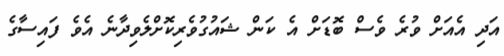
އަދި އެއަށް ވުރެ ވެސް ބޮޑަށް އެ ކަން ޝައުގުވެރިކޮށްލެވިދާނެ އެވެ ފައިސާގެ